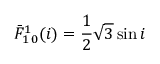
\bar { F } _ { 1 \, 0 } ^ { 1 } ( i ) = \frac { 1 } { 2 } \sqrt { 3 } \sin i